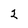
Character: 2